Bréfritari: Stefanía Siggeirsdóttir
Viðtakandi: Páll Pálsson
Dagsetning: A-1865-02-26
Skrifað á: Hraungerði  Árn.
Stefanía var bróðurdóttir Páls Pálssonar

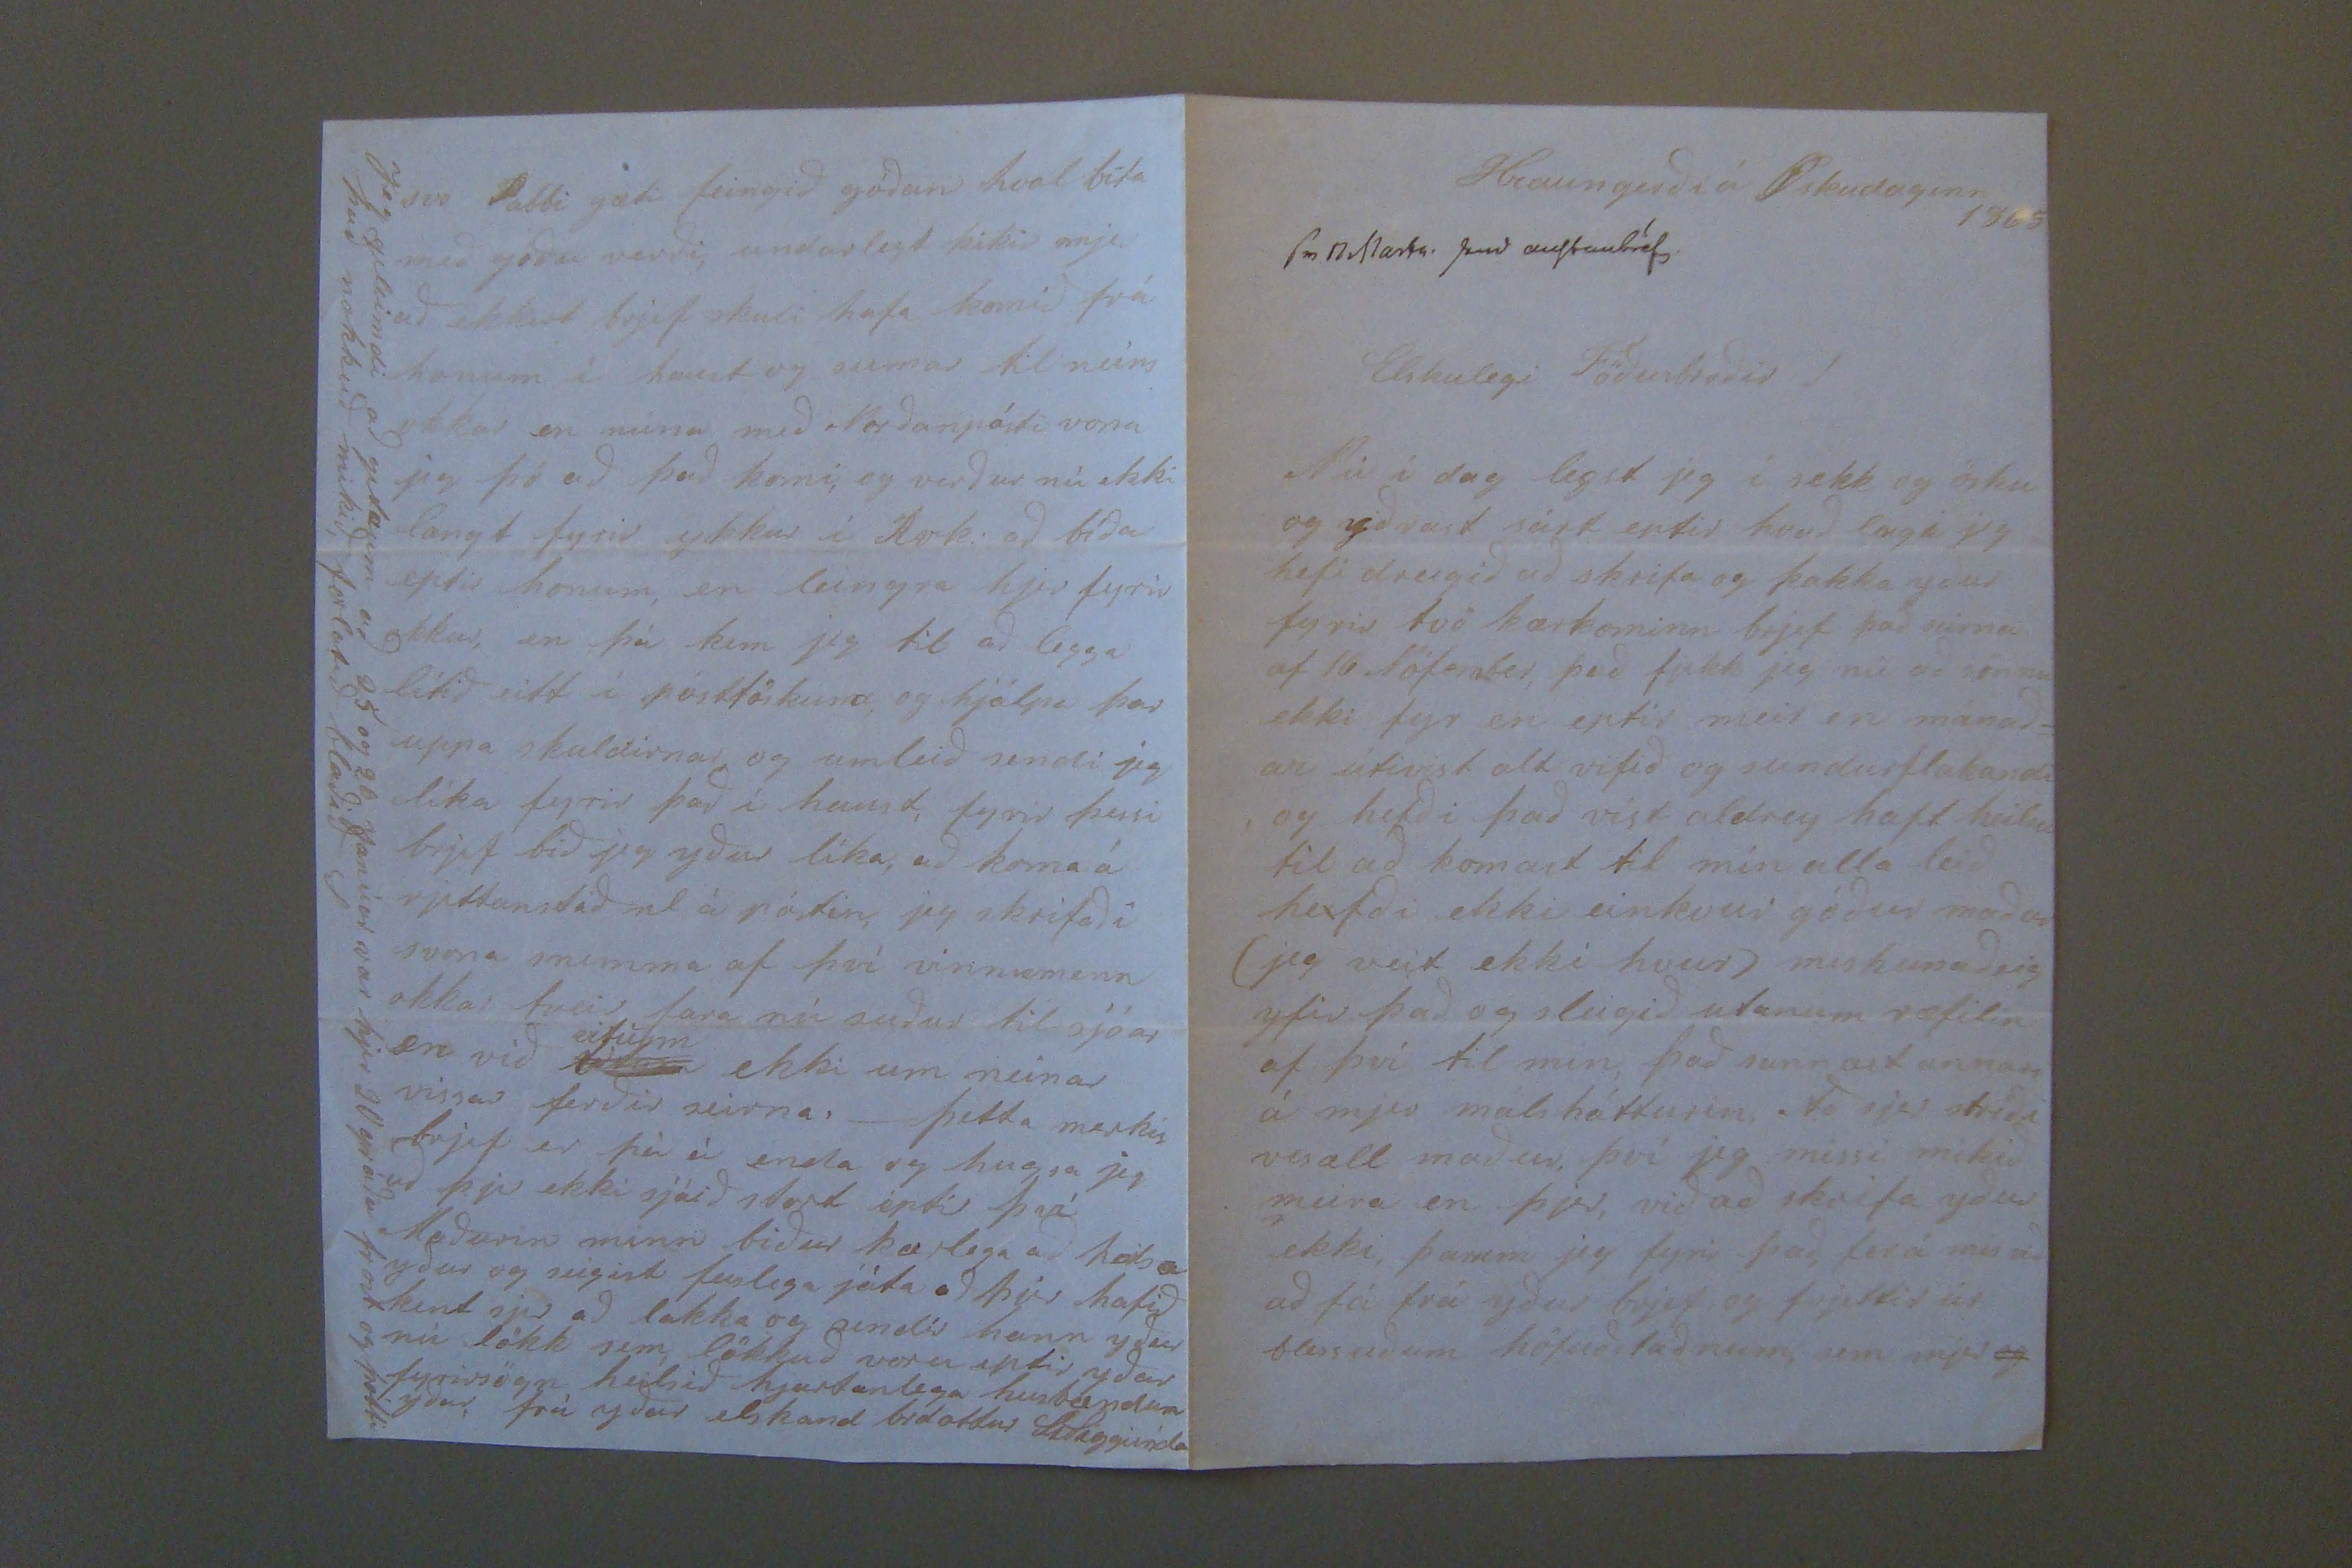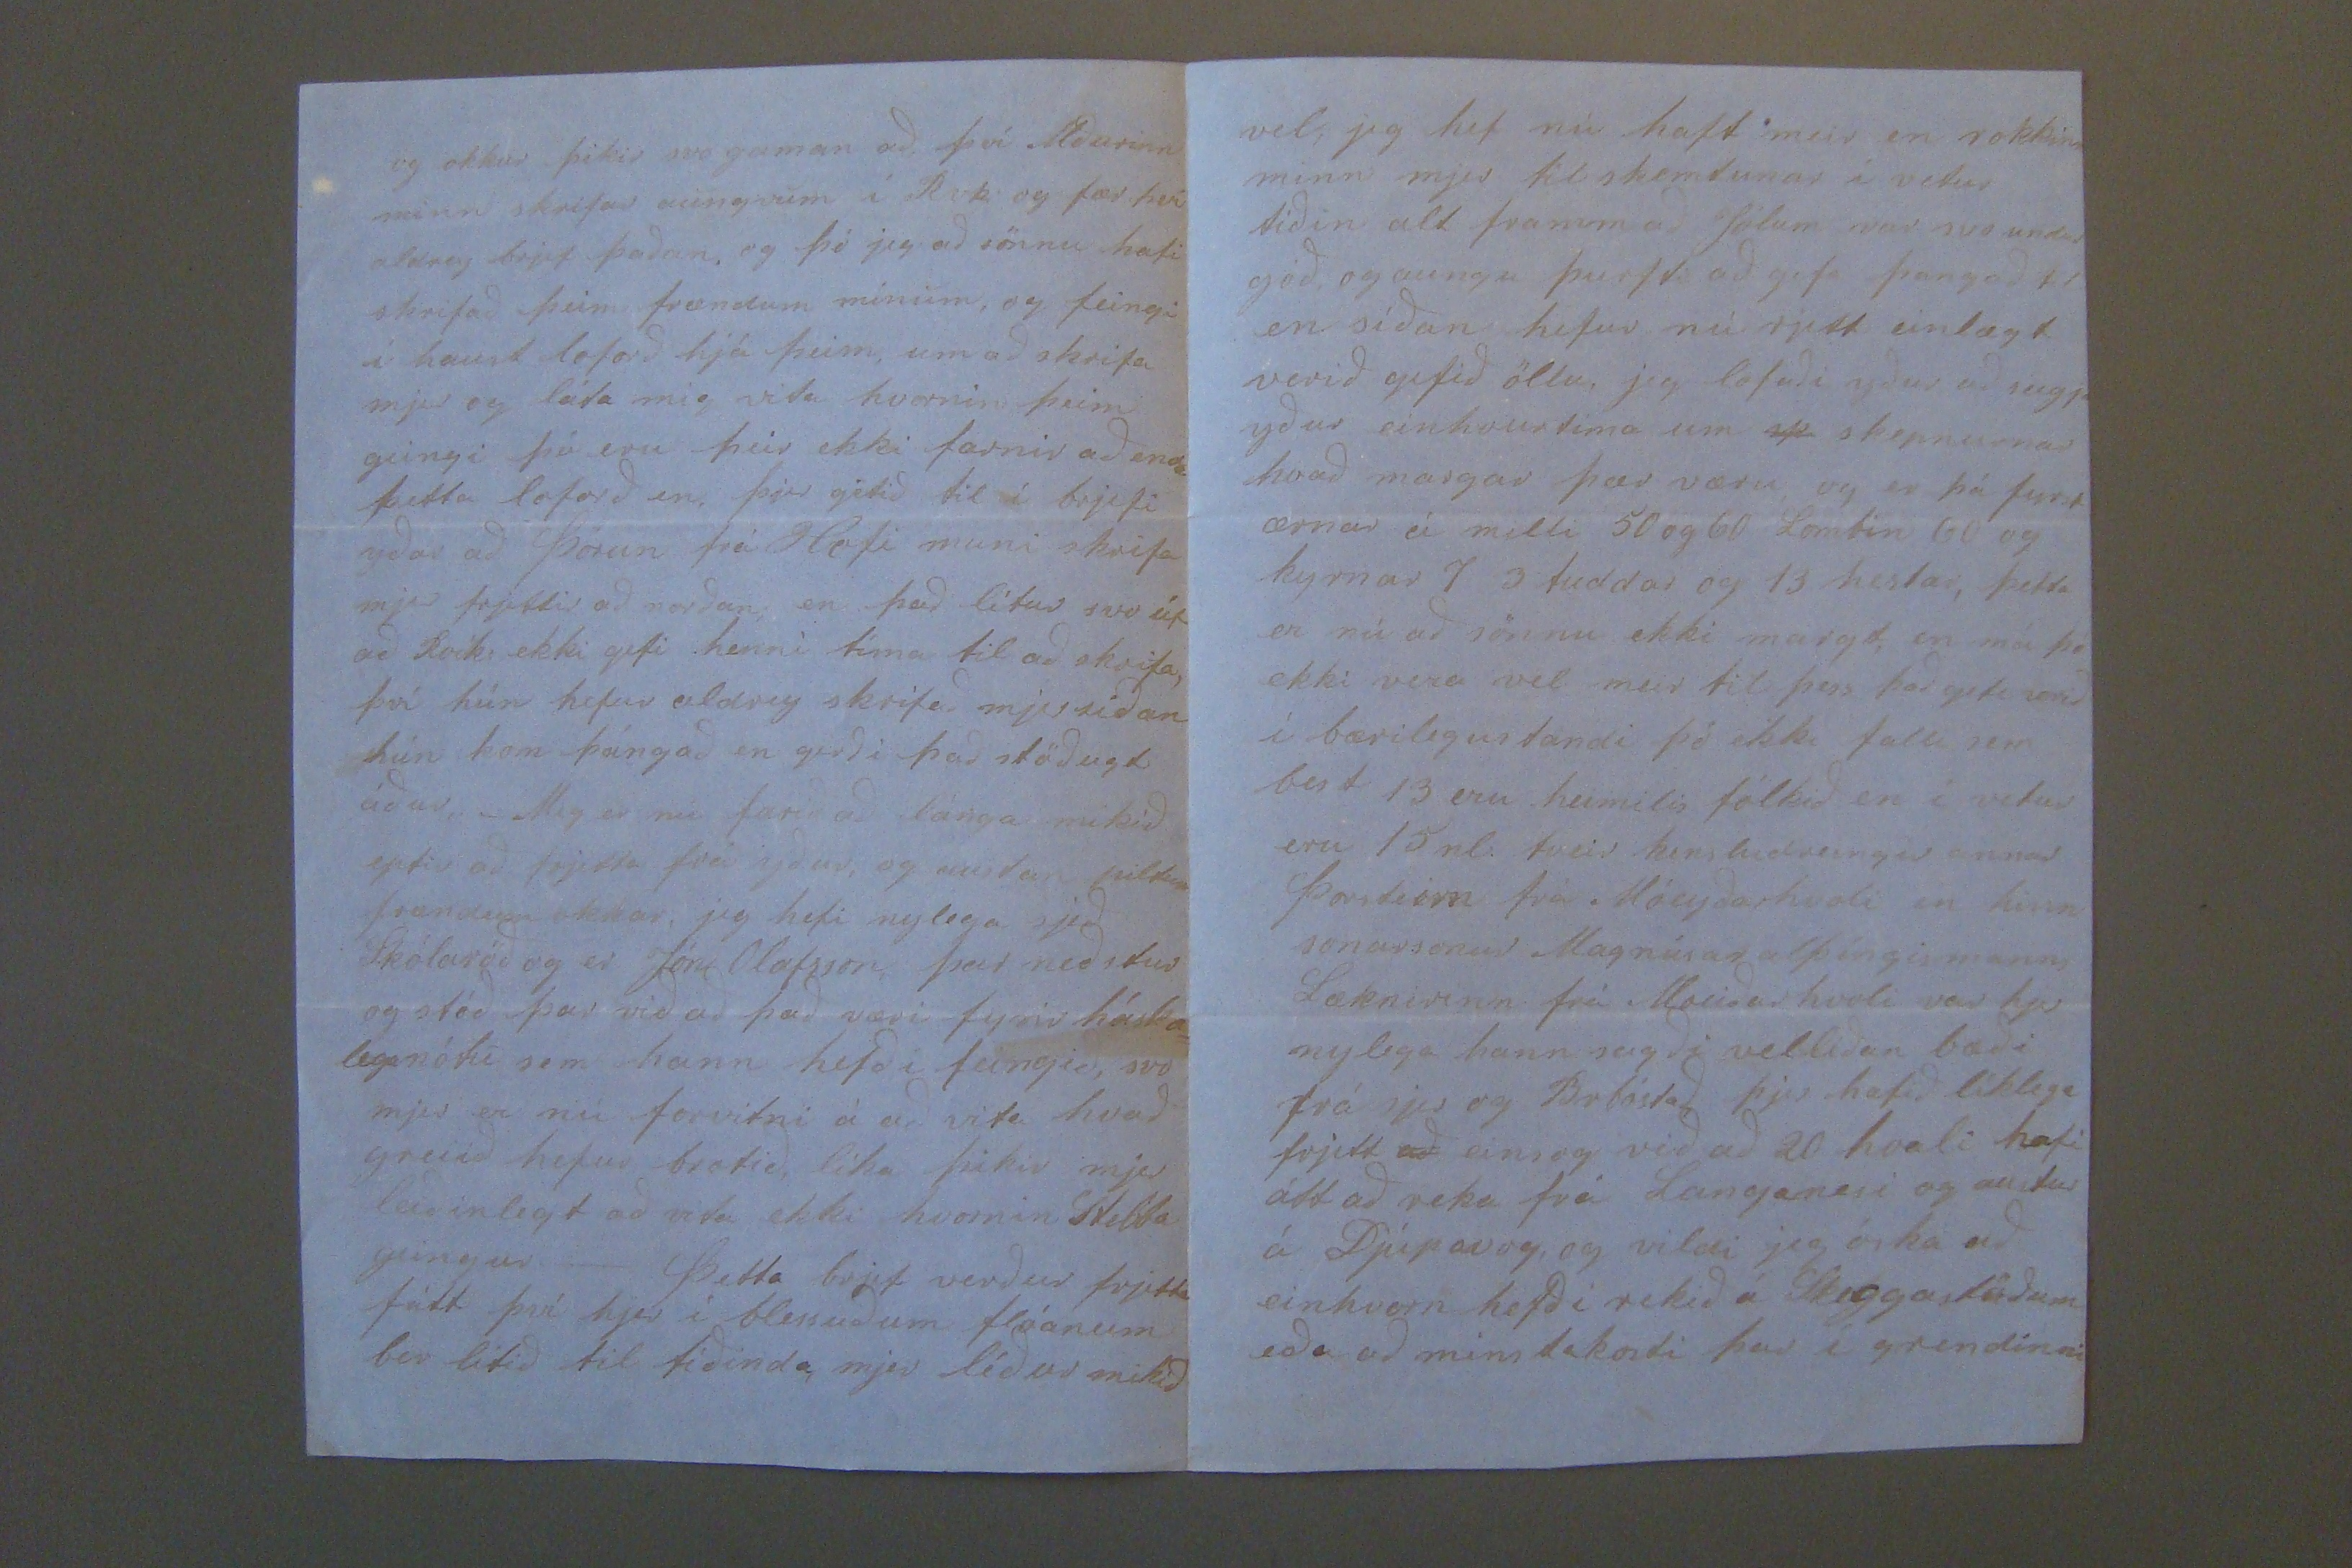

Hraungerði á Öskudaginn 1865
sv 17 Marts. send austanbréfs.
Elskulegi Föðurbroðir!
Nú í dag legst jeg í sekk og ösku og yðrast sárt eptir hvað lengi jeg hefi dreigið að skrifa og þakka yður fyrir tvö kærkominn brjef það seinni af 16 Nófember, það fjekk jeg nú að sönnu ekki fyr en eptir meir en manað= ar út
irist
alt rifið og sundurflakandi og hefði það víst aldrey haft heilsu til að komast til mín alla leið he
0
fði ekki einkvur góður maður (jeg veit ekki hvur) miskunað sig yfir það og sleigið utanum ræfilin af því til mín, það sannast annars á mjer máls hátturin.
To
sjer stríði vesæll maður, því jeg missi mikið meira en þjer, við að skrifa yður ekki, þarum jeg fyrir það, fer á mis við að fá frá yður brjef og frjettir úr blessuðum höfuðstaðnum, sem mjer
og
og okkur þikir svo gaman að því Maðurinn minn skrifar aungvum í Rvk og fær því aldrey brjef þaðan, og þó jeg að sönnu hafi skrifað þeim frændum mínum, og feingi í haust loforð hjá þeim, um að skrifa mjer og láta mig vita hvernin þeim geingi þá eru þeir ekki farnir að enda þetta loforð en, þjer gétið til í brjefi yðar að Þórun frá Hofi muni skrifa mjer frjettir að norðan, en það lítur svo út að
Reík
: ekki gefi henni tíma til að skrifa, því hún hefur aldrey skrifað mjer síðan hún kom þángað en gerði það stöðugt áður,_ Mig er nú farið að lánga mikið eptir að frjetta frá yður, og
norðan
piltum frændum okkar, jeg hefi nylega sjeð Skólaröð og er Jón Olafsson, þar neðstur og stóð þar við að það væri fyrir háska= lega nótu sem hann hefði feingið, svo mjer er nú forvitni á að vita hvað greiið hefur brotið, líka þikir mjer leiðinlegt að vita ekki hvornin Stebba geingur. _ Þetta brjef verður frjetta fúlt því hjer í blessuðum flóanum ber lítið til tíðinda, mjer líður mikið
vel, jeg hef nú haft meir en rokkinn minn mjer til skemtunar í vetur tíðin alt framm að Jólum var svo undur góð, og aungu þurfti að gefa þangað til en síðan hefur nú rjett einlægt verið gefið öllu, jeg lofaði yður að seigja yður einhvurtíma um
sp
skepnurnar hvað margar þær væru, og er þá fyrst ærnar á milli 50 og 60 Lombin 60 og kyrnar 7 3 tuddar og 13 hestar, þetta er nú að sönnu ekki margt, en má þó ekki vera vel meir til þess það geti verið í bærilegustandi þó ekki falli sem best 13 eru heimilis fólkið en í vetur eru 15 nl: tveir
kinsludreingir
annar Þorsteirn frá Móeyðarhvoli en hinn sonarsonur Magnúsar alþíngis manns Læknirinn frá Moeiðarhvoli var hjer nylega hann sagði velliðan bæði frá sjer og Brbóstað, þjer hafið líklega frjett
að
einsog við að 20 hvali hafi átt að reka frá Langanesi og austur á Djúpavog, og vildi jeg óska að einhvorn hefði rekið á Sk
00gastöðum
eða að
minstakosti
þar í grendínni
svo Pabbi gæti feingið góðan hval bíta með góðu verði, undarlegt þikir mjer að ekkert brjef skuli hafa komið frá honum í haust og sumar til neins okkar en núna með Norðanpósti vona jeg þó að það komi, og verður nú ekki langt fyrir ykkur í Rvk: að bíða eptir honum, en leingra hjer fyrir okkur, en þá kem jeg til að legga lítið eitt í pósttöskuna og hjálpa þar uppa skuldirnar og um leið sendi jeg líka fyrir það í haust, fyrir þessi brjef bið jeg yður líka, að koma á
rjettanstað nl
á póstin, jeg skrifaði svona snemma af því vinnumenn okkar tveir fara nú suður til sjóar en við
fitum
vitum
ekki um neinar vissar ferðir seirna._ þetta merkis brjef er þá ei
0n0la
og hugsa jeg að þjer ekki sjáið stort eptir því Maðurin minn biður kærlega að heilsa yður og seigist fuslega játa að þjer hafið kent sjer að lakka og sendir hann yður nú lökk sem lökkuð voru eptir yðar fyrirsögn heilsið hjartanlega husbændum yðar,
frá yðar elskand brdottur St Siggeirsdo
Jeg gleimdi að geta um að 25 og 26 Janúar var hjer 20 gráðu frost og þótti það nokkuð mikið, forlatið blaðið S.